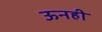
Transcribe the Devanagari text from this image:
ऊनही